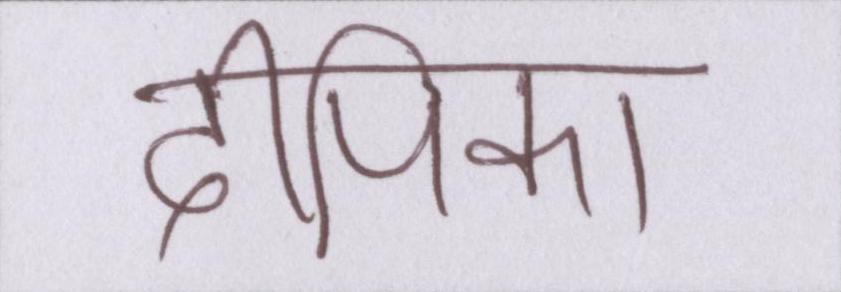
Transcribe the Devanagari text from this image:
दीपिका